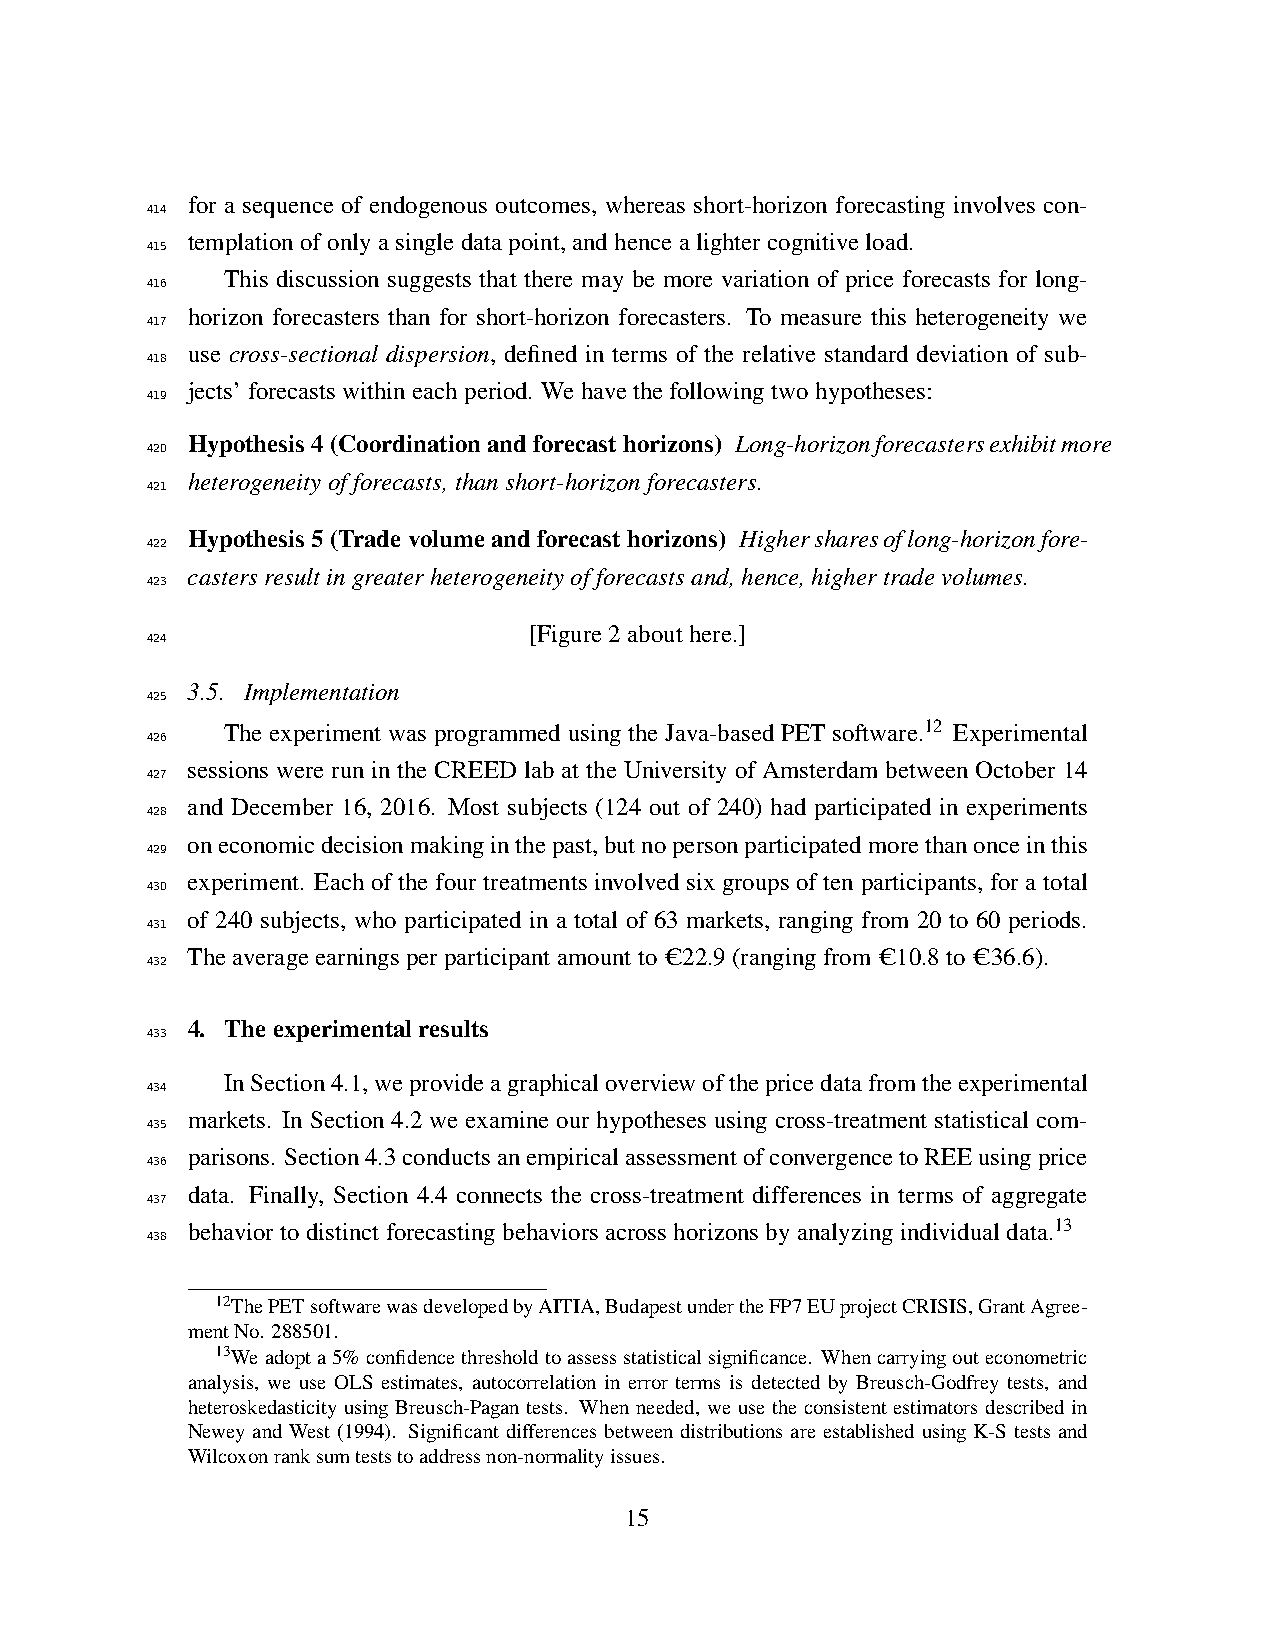
for a sequence of endogenous outcomes, whereas short-horizon forecasting involves con-
 414
 templationofonlyasingledatapoint,andhencealightercognitiveload.
 415
 This discussion suggests that there may be more variation of price forecasts for long-
 416
 horizon forecasters than for short-horizon forecasters. To measure this heterogeneity we
 417
 use cross-sectional dispersion, defined in terms of the relative standard deviation of sub-
 418
 jects’forecastswithineachperiod. Wehavethefollowingtwohypotheses:
 419
 Hypothesis4(Coordinationandforecasthorizons) Long-horizonforecastersexhibitmore
 420
 heterogeneityofforecasts,thanshort-horizonforecasters.
 421
 Hypothesis5(Tradevolumeandforecasthorizons) Highersharesoflong-horizonfore-
 422
 castersresultingreaterheterogeneityofforecastsand,hence,highertradevolumes.
 423
 [Figure2abouthere.]
 424
 3.5. Implementation
 425
 The experiment was programmed using the Java-based PET software.12 Experimental
 426
 sessions were run in the CREED lab at the University of Amsterdam between October 14
 427
 and December 16, 2016. Most subjects (124 out of 240) had participated in experiments
 428
 oneconomicdecisionmakinginthepast,butnopersonparticipatedmorethanonceinthis
 429
 experiment. Each of the four treatments involved six groups of ten participants, for a total
 430
 of 240 subjects, who participated in a total of 63 markets, ranging from 20 to 60 periods.
 431
 Theaverageearningsperparticipantamountto C22.9(rangingfrom C10.8to C36.6).
 432
 4. Theexperimentalresults
 433
 InSection4.1,weprovideagraphicaloverviewofthepricedatafromtheexperimental
 434
 markets. In Section 4.2 we examine our hypotheses using cross-treatment statistical com-
 435
 parisons. Section4.3conductsanempiricalassessmentofconvergencetoREEusingprice
 436
 data. Finally, Section 4.4 connects the cross-treatment differences in terms of aggregate
 437
 behaviortodistinctforecastingbehaviorsacrosshorizonsbyanalyzingindividualdata.13
 438
 12ThePETsoftwarewasdevelopedbyAITIA,BudapestundertheFP7EUprojectCRISIS,GrantAgree-
 mentNo. 288501.
 13Weadopta5%confidencethresholdtoassessstatisticalsignificance. Whencarryingouteconometric
 analysis, we use OLS estimates, autocorrelation in error terms is detected by Breusch-Godfrey tests, and
 heteroskedasticity using Breusch-Pagan tests. When needed, we use the consistent estimators described in
 Newey and West (1994). Significant differences between distributions are established using K-S tests and
 Wilcoxonranksumteststoaddressnon-normalityissues.
 15